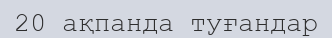
20 ақпанда туғандар